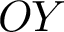
O Y